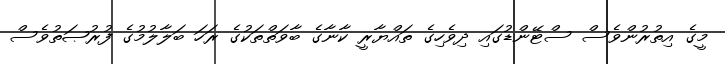
މީގެ އިތުރުންވެސް ސްޓޭންޑުގައި ދިވެހިގެ ތައްޔާރީ ކާނާގެ ބާވަތްތަކުގެ ރަހަ ބަލާލުމުގެ ފުރުޞަތުވެސް